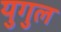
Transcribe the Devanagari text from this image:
युगुल